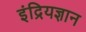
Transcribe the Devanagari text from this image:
इंद्रियज्ञान